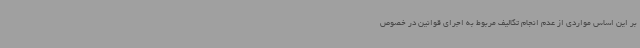
بر این اساس مواردی از عدم انجام تکالیف مربوط به اجرای قوانین در خصوص